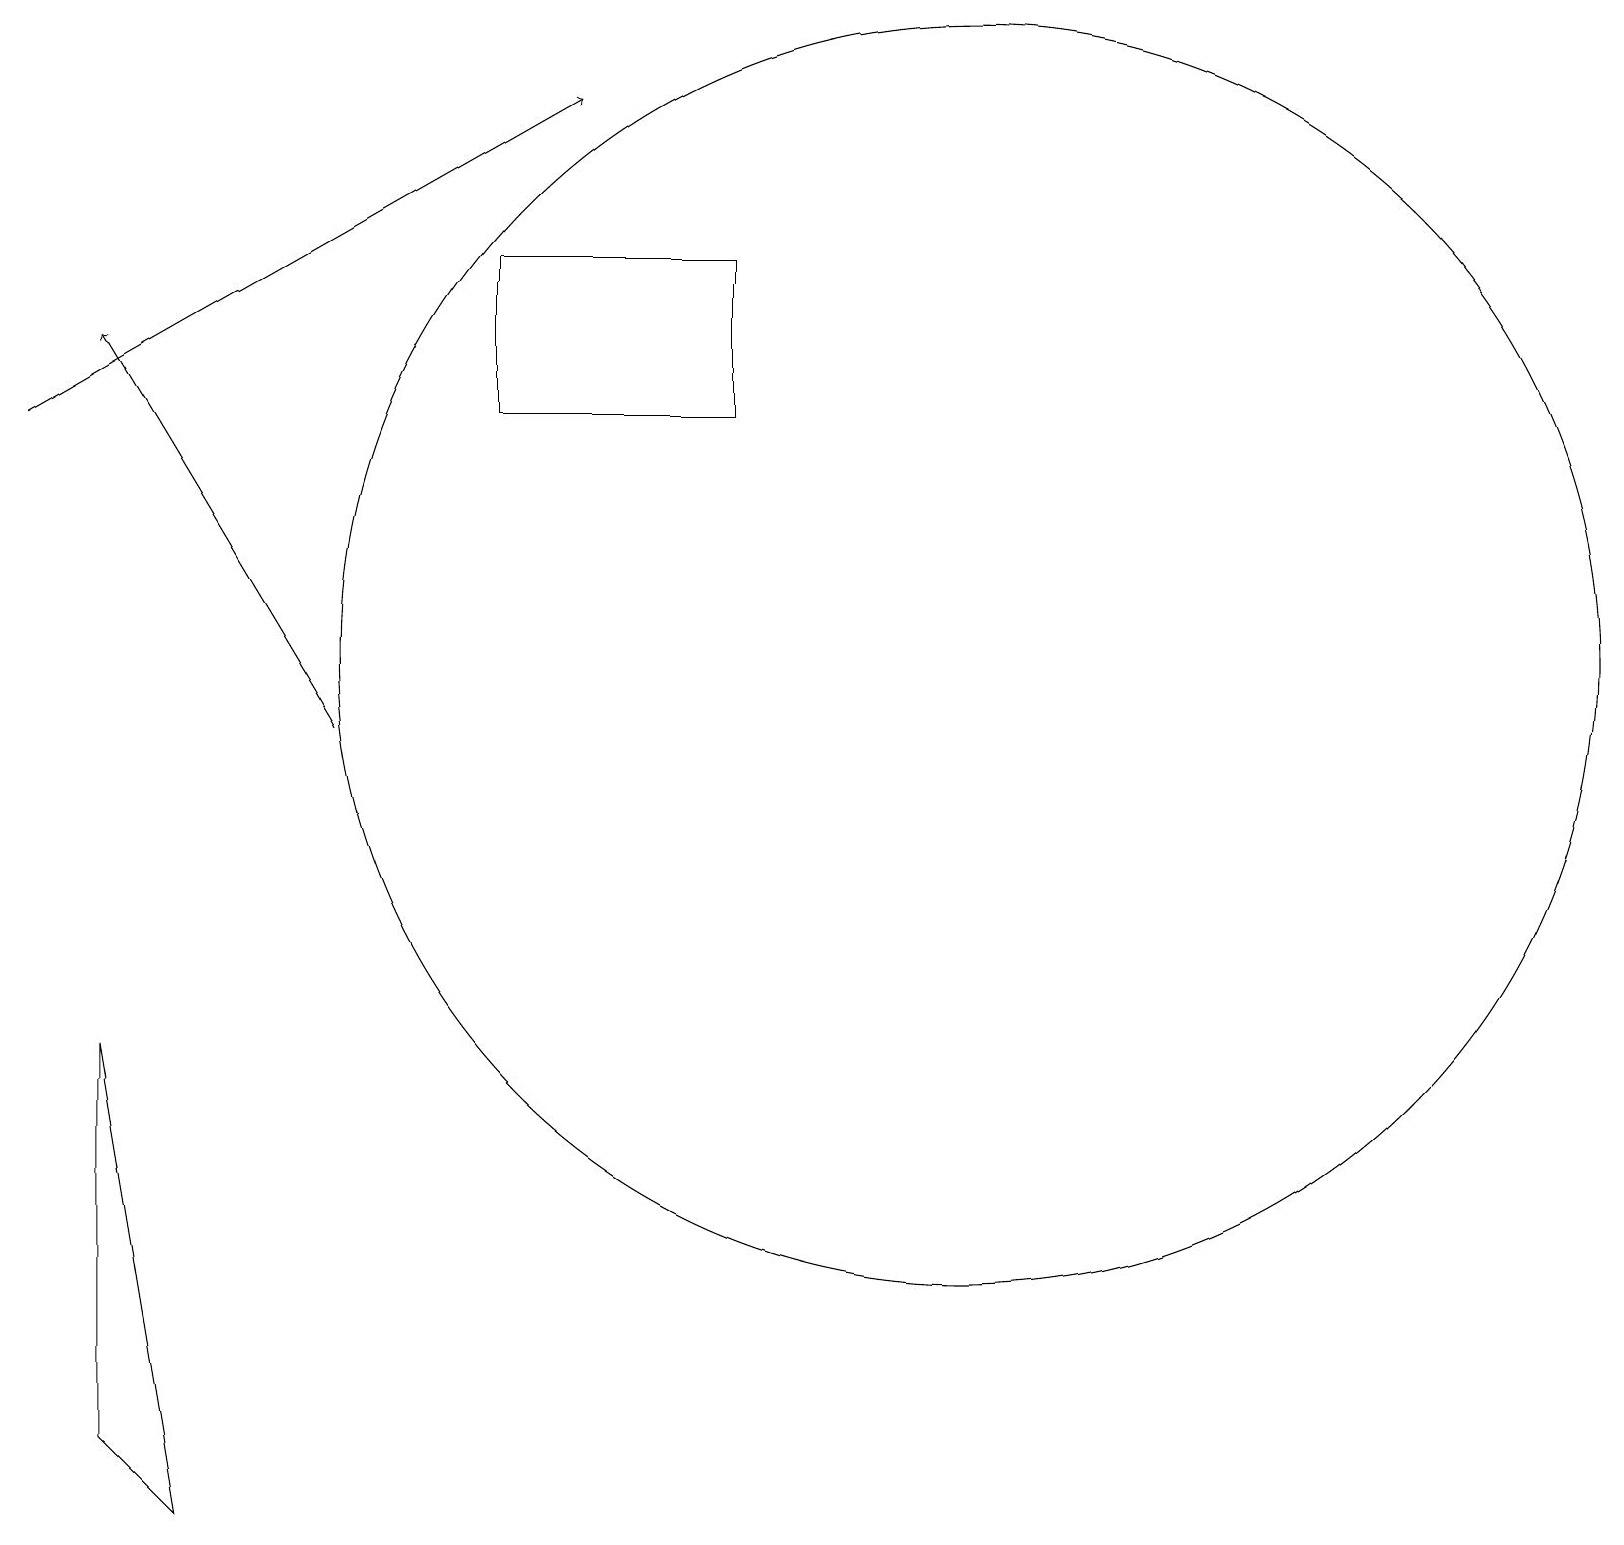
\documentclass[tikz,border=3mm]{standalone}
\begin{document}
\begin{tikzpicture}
\draw (1,2) -- (1,7) -- (2,1) -- cycle;
\draw (12,12) circle (8);
\draw[->] (0,15) -- (7,19);
\draw[->] (4,11) -- (1,16);
\draw (9,15) rectangle (6,17);
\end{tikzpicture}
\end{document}